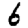
Digit: 6